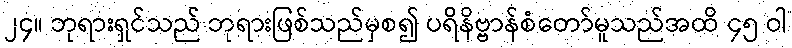
၂၄။ ဘုရားရှင်သည် ဘုရားဖြစ်သည်မှစ၍ ပရိနိဗ္ဗာန်စံတော်မူသည်အထိ ၄၅ ဝါ